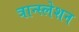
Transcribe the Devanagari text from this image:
त्रान्स्लेशन